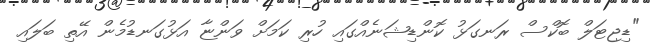
"ޑިޖިޓަލް ބޮކްސް ރަނގަޅު ކޮންޑިޝަނެއްގައި ހުރި ކަމަށް ވަންޏާ އަޅުގަނޑުމެން އޭތި ބަލައި